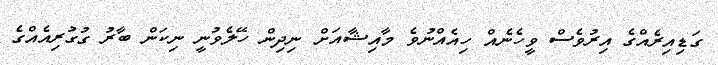
ގަޑިއިރެއްގެ އިރުވެސް ވީހެނެއް ހިއެއްނުވެ މާއިޝާއަށް ނިދިން ހޭލެވުނީ ނިކަން ބާރު ގުގުރިއެއްގެ